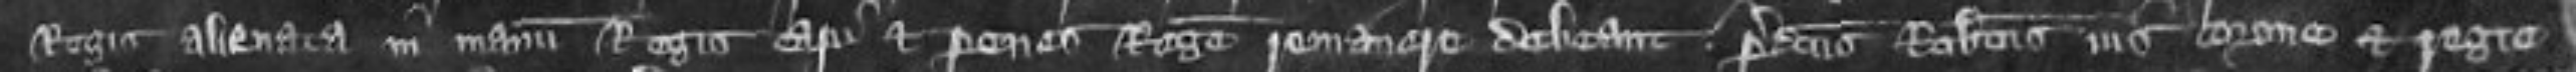
Regis alienata in manum Regis capi et penes Rege remanere debeant predictus Robertus ius corone et Regie